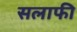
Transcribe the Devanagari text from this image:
सलाफी